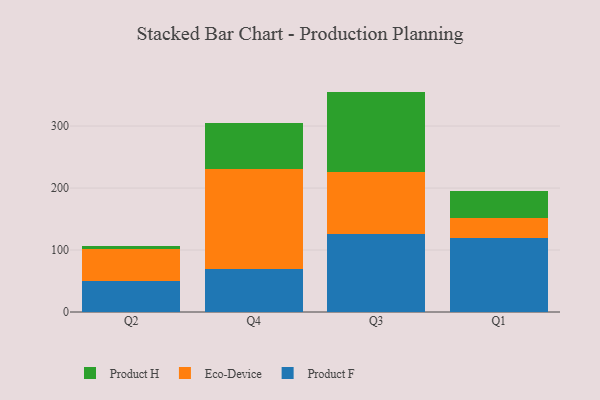
{"axis": {"x": "Quarter", "y": "Market Share (%)"}, "legend": ["Eco-Device", "Product F", "Product H"], "data": [{"x": "Q2", "y": 49.4, "type": "Product F"}, {"x": "Q2", "y": 52.4, "type": "Eco-Device"}, {"x": "Q2", "y": 5.5, "type": "Product H"}, {"x": "Q4", "y": 69.6, "type": "Product F"}, {"x": "Q4", "y": 161.5, "type": "Eco-Device"}, {"x": "Q4", "y": 73.1, "type": "Product H"}, {"x": "Q3", "y": 126.0, "type": "Product F"}, {"x": "Q3", "y": 99.4, "type": "Eco-Device"}, {"x": "Q3", "y": 130.2, "type": "Product H"}, {"x": "Q1", "y": 118.9, "type": "Product F"}, {"x": "Q1", "y": 32.2, "type": "Eco-Device"}, {"x": "Q1", "y": 44.1, "type": "Product H"}]}